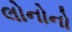
લોનોનો